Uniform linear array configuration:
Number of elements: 4
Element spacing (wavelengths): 1
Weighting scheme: uniform
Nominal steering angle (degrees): -45
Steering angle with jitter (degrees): -46.541
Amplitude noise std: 0.05
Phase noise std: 0.05

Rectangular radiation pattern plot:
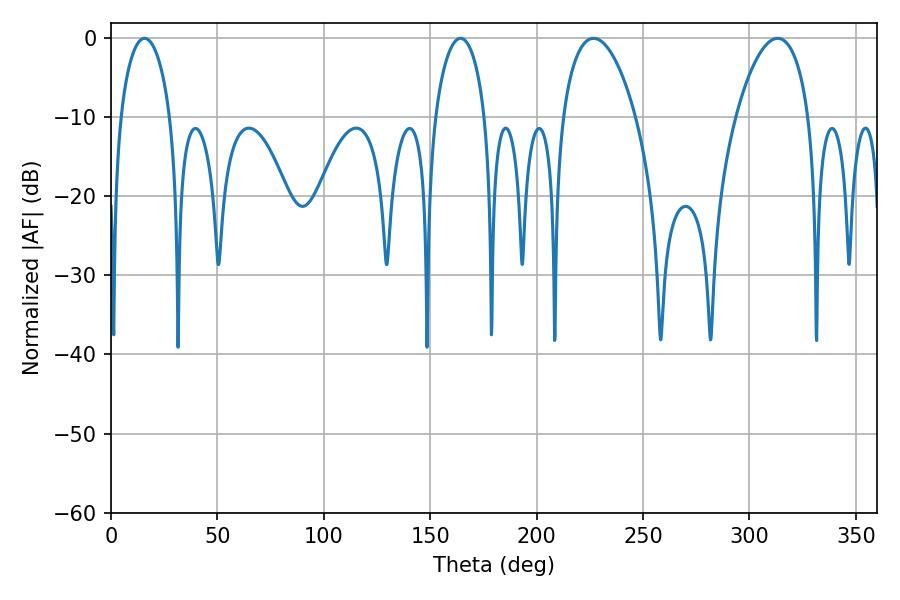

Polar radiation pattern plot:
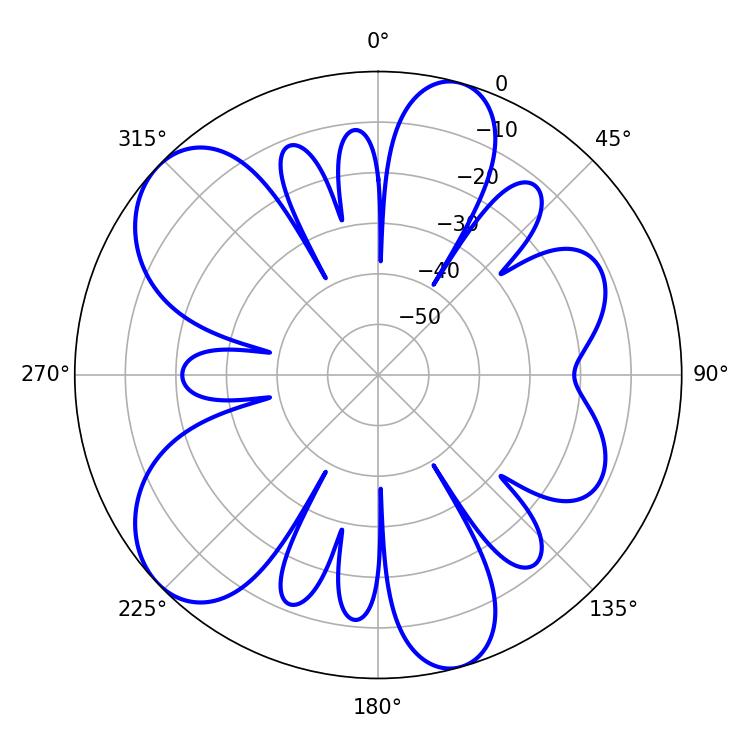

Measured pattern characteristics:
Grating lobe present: TRUE
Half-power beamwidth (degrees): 19.26
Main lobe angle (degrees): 226.8